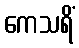
ကေသရိံ